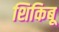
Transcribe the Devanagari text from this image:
शिकिबू